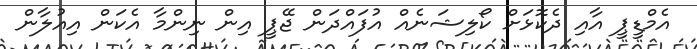
އެމްޑީޕީ އާއި ދެކޮޅަށް ކޯލިޝަނެއް އުފައްދަން ޖޭޕީ އިން ނިންމާ އެކަން އިއުލާން